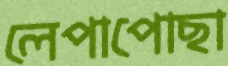
লেপাপোছা